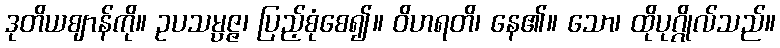
ဒုတိယဈာန်ကို။ ဥပသမ္ပဇ္ဇ၊ ပြည့်စုံစေ၍။ ဝိဟရတိ၊ နေ၏။ သော၊ ထိုပုဂ္ဂိုလ်သည်။